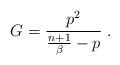
LaTeX: \begin{align*}G=\frac{p^2}{\frac{n+1}{\beta}-p}\;.\end{align*}